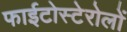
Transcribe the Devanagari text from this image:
फाईटोस्टेरोलों